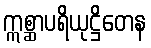
ဣစ္ဆာပရိယုဋ္ဌိတေန